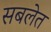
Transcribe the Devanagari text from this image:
सबलेत